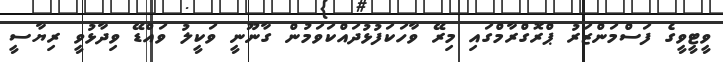
ވީޓީވީގެ ފަސްމަންޒަރު ޕްރޮގްރާމްގައި މިރޭ ވާހަކަފުޅުދައްކަވަމުން ގާނޫނީ ވަކީލު ވައްޑޭ ވިދާޅުވީ ރިޔާސީ